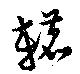
轆